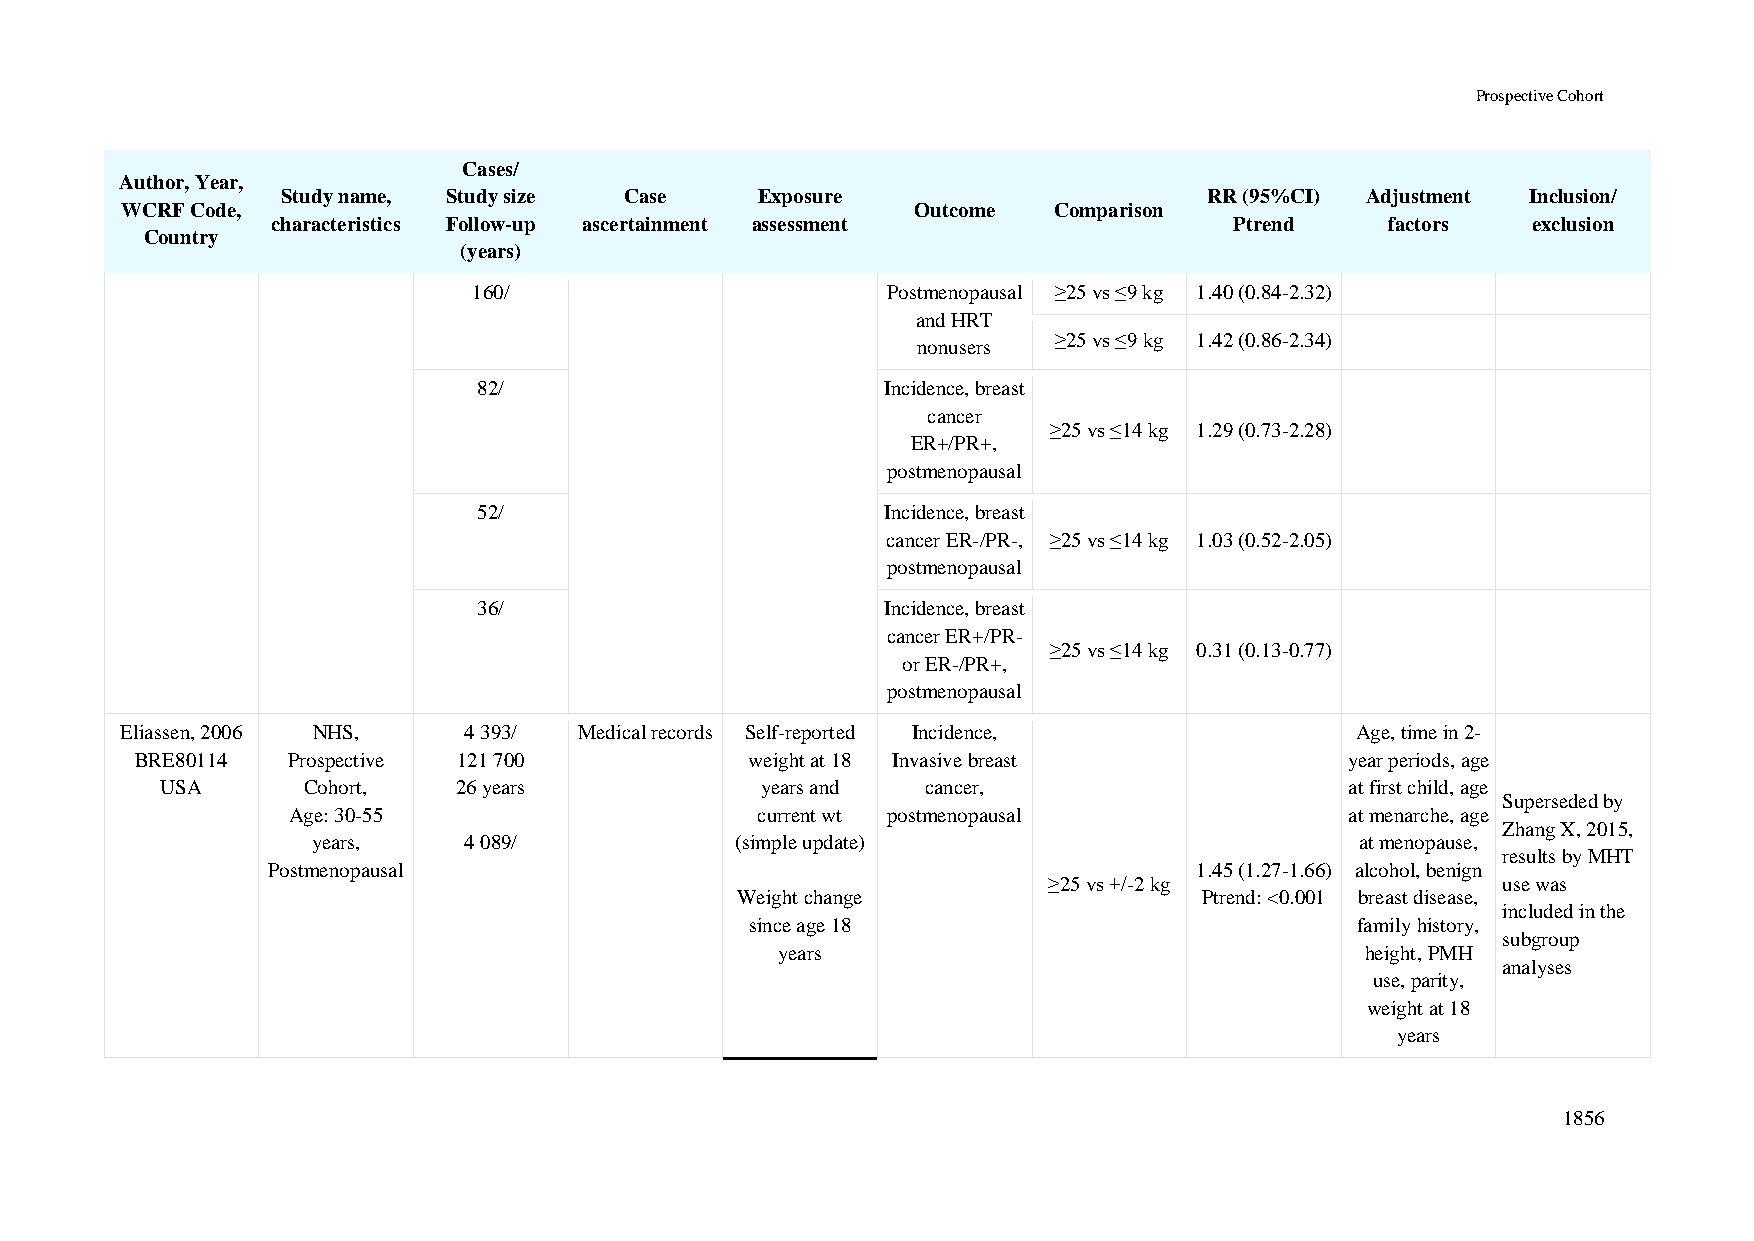
Prospective Cohort
 Cases/
 Author, Year,
 Study name, Study size Case    Exposure                      RR (95%CI) Adjustment Inclusion/
 WCRF Code,                                           Outcome  Comparison
 characteristics Follow-up ascertainment assessment              Ptrend    factors  exclusion
 Country
 (years)
 160/                        Postmenopausal ≥25 vs ≤9 kg 1.40 (0.84-2.32)
 and HRT
 ≥25 vs ≤9 kg 1.42 (0.86-2.34)
 nonusers
 82/                        Incidence, breast
 cancer
 ≥25 vs ≤14 kg 1.29 (0.73-2.28)
 ER+/PR+,
 postmenopausal
 52/                        Incidence, breast
 cancer ER-/PR-, ≥25 vs ≤14 kg 1.03 (0.52-2.05)
 postmenopausal
 36/                        Incidence, breast
 cancer ER+/PR-
 ≥25 vs ≤14 kg 0.31 (0.13-0.77)
 or ER-/PR+,
 postmenopausal
 Eliassen, 2006 NHS,    4 393/ Medical records Self-reported Incidence,            Age, time in 2-
 BRE80114  Prospective 121 700            weight at 18 Invasive breast           year periods, age
 USA      Cohort,   26 years            years and  cancer,                     at first child, age
 Superseded by
 Age: 30-55                     current wt postmenopausal              at menarche, age
 Zhang X, 2015,
 years,    4 089/            (simple update)                          at menopause,
 results by MHT
 Postmenopausal                                               1.45 (1.27-1.66) alcohol, benign
 ≥25 vs +/-2 kg                use was
 Weight change                  Ptrend: <0.001 breast disease,
 included in the
 since age 18                            family history,
 subgroup
 years                                 height, PMH
 analyses
 use, parity,
 weight at 18
 years
 1856